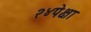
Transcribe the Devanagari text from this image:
२४पेक्षा